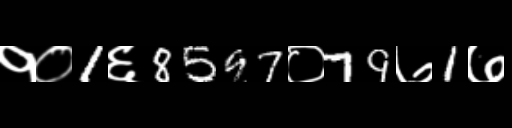
Text: १०1६8597०79७1७